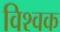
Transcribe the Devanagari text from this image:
विश्वक